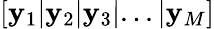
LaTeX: \left[\mathbf y_{1}|\mathbf y_{2}|\mathbf y_{3}|...|\mathbf y_{M}\right]